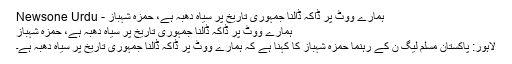
ہمارے ووٹ پر ڈاکہ ڈالنا جمہوری تاریخ پر سیاہ دھبہ ہے، حمزہ شہباز - Newsone Urdu
ہمارے ووٹ پر ڈاکہ ڈالنا جمہوری تاریخ پر سیاہ دھبہ ہے، حمزہ شہباز
لاہور: پاکستان مسلم لیگ ن کے رہنما حمزہ شہباز کا کہنا ہے کہ ہمارے ووٹ پر ڈاکہ ڈالنا جمہوری تاریخ پر سیاہ دھبہ ہے۔